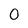
Character: 0